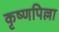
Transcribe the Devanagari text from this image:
कृष्णपिल्ला